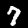
Digit: 7